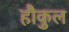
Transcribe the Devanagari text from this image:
हौकुल